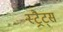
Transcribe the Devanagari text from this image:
स्ट्रैट्‍स